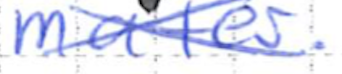
Text: mater.
Cross-out: mix
Writing tool: ballpoint